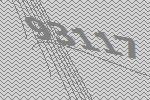
93117